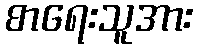
စာရေးသူအား